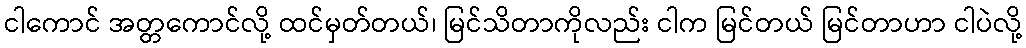
ငါကောင် အတ္တကောင်လို့ ထင်မှတ်တယ်၊ မြင်သိတာကိုလည်း ငါက မြင်တယ် မြင်တာဟာ ငါပဲလို့